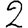
Digit: 2